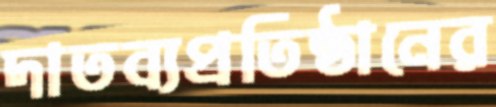
দাতব্যপ্রতিষ্ঠানের